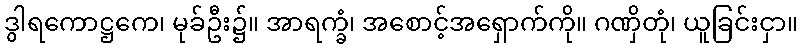
ဒွါရကောဋ္ဌကေ၊ မုခ်ဦး၌။ အာရက္ခံ၊ အစောင့်အရှောက်ကို။ ဂဏှိတုံ၊ ယူခြင်းငှာ။